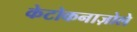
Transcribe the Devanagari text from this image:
केटोकनाज़ोले